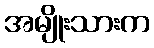
အမျိုးသားက